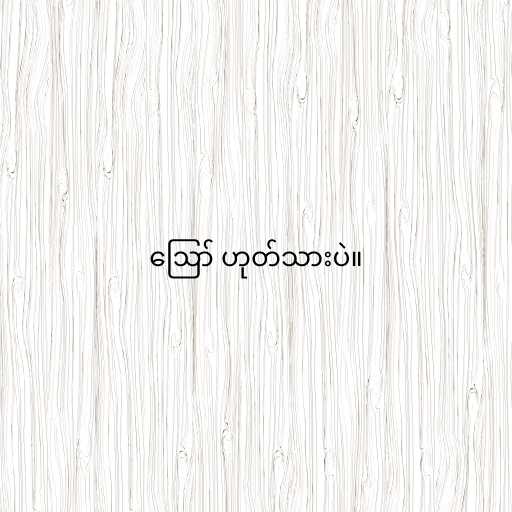
ဪ ဟုတ်သားပဲ။